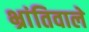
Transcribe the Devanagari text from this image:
भ्रांतिवाले